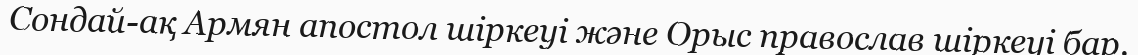
Сондай-ақ Армян апостол шіркеуі және Орыс православ шіркеуі бар.